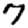
Digit: 7